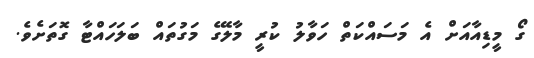
ގޯ މީޑިއާއަށް އެ މަސައްކަތް ހަވާލު ކުރީ މާލޭގެ މަގުތައް ބަލަހައްޓާ ގޮތަށެވެ.